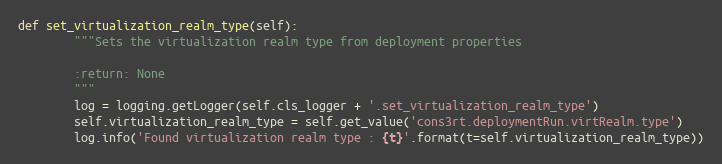
Language: Python
def set_virtualization_realm_type(self):
        """Sets the virtualization realm type from deployment properties

        :return: None
        """
        log = logging.getLogger(self.cls_logger + '.set_virtualization_realm_type')
        self.virtualization_realm_type = self.get_value('cons3rt.deploymentRun.virtRealm.type')
        log.info('Found virtualization realm type : {t}'.format(t=self.virtualization_realm_type))